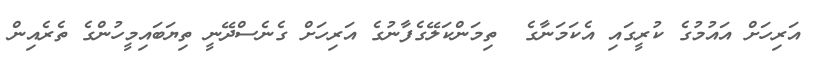
އަރިހަށް އައުމުގެ ކުރީގައި އެކަމަނާގެ  ތިމަންކަލޭގެފާނުގެ އަރިހަށް ގެނެސްދޭނީ ތިޔަބައިމީހުންގެ ތެރެއިން